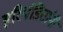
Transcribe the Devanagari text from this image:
हरिपंडितांनी